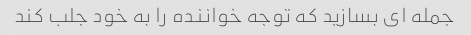
جمله ای بسازید که توجه خواننده را به خود جلب کند